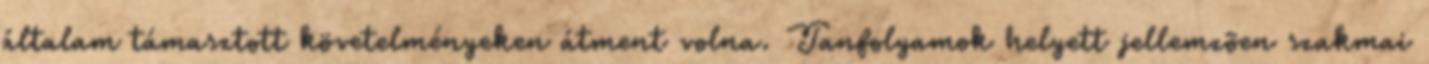
általam támasztott követelményeken átment volna. Tanfolyamok helyett jellemzõen szakmai